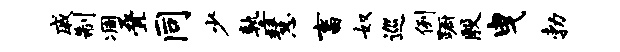
戚制凋叠同少塾慧畜奴巡例蹰殷曳勃